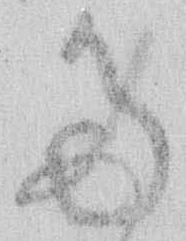
た